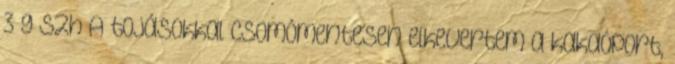
3 g szh A tojásokkal csomómentesen elkevertem a kakaóport,